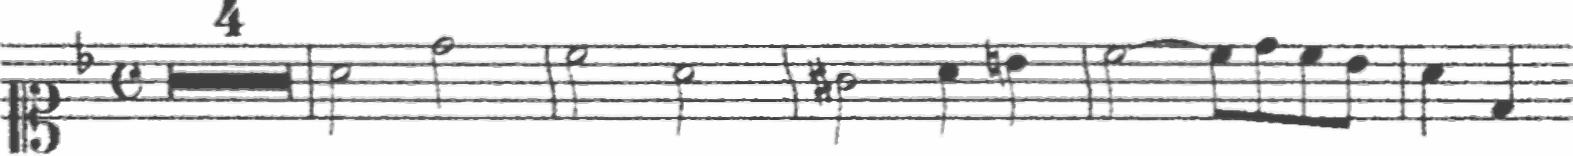
Transcription: clef-C1 keySignature-FM timeSignature-C multirest-4 barline note-A4_half note-D5_half barline note-C5_half note-A4_half barline note-G#4_half note-A4_quarter note-B4_quarter barline note-C5_half tie note-C5_eighth note-D5_eighth note-C5_eighth note-Bb4_eighth barline note-A4_quarter note-D4_quarter